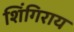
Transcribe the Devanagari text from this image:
शिंगिराय